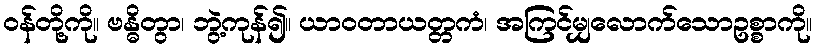
ဝန်တို့ကို။ ဗန္ဓိတွာ၊ ဘွဲ့ကုန်၍။ ယာဝတာယတ္တကံ၊ အကြင်မျှလောက်သောဥစ္စာကို။